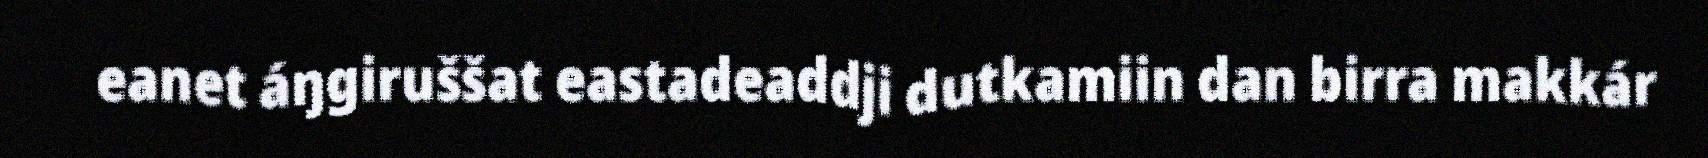
eanet áŋgiruššat eastadeaddji dutkamiin dan birra makkár